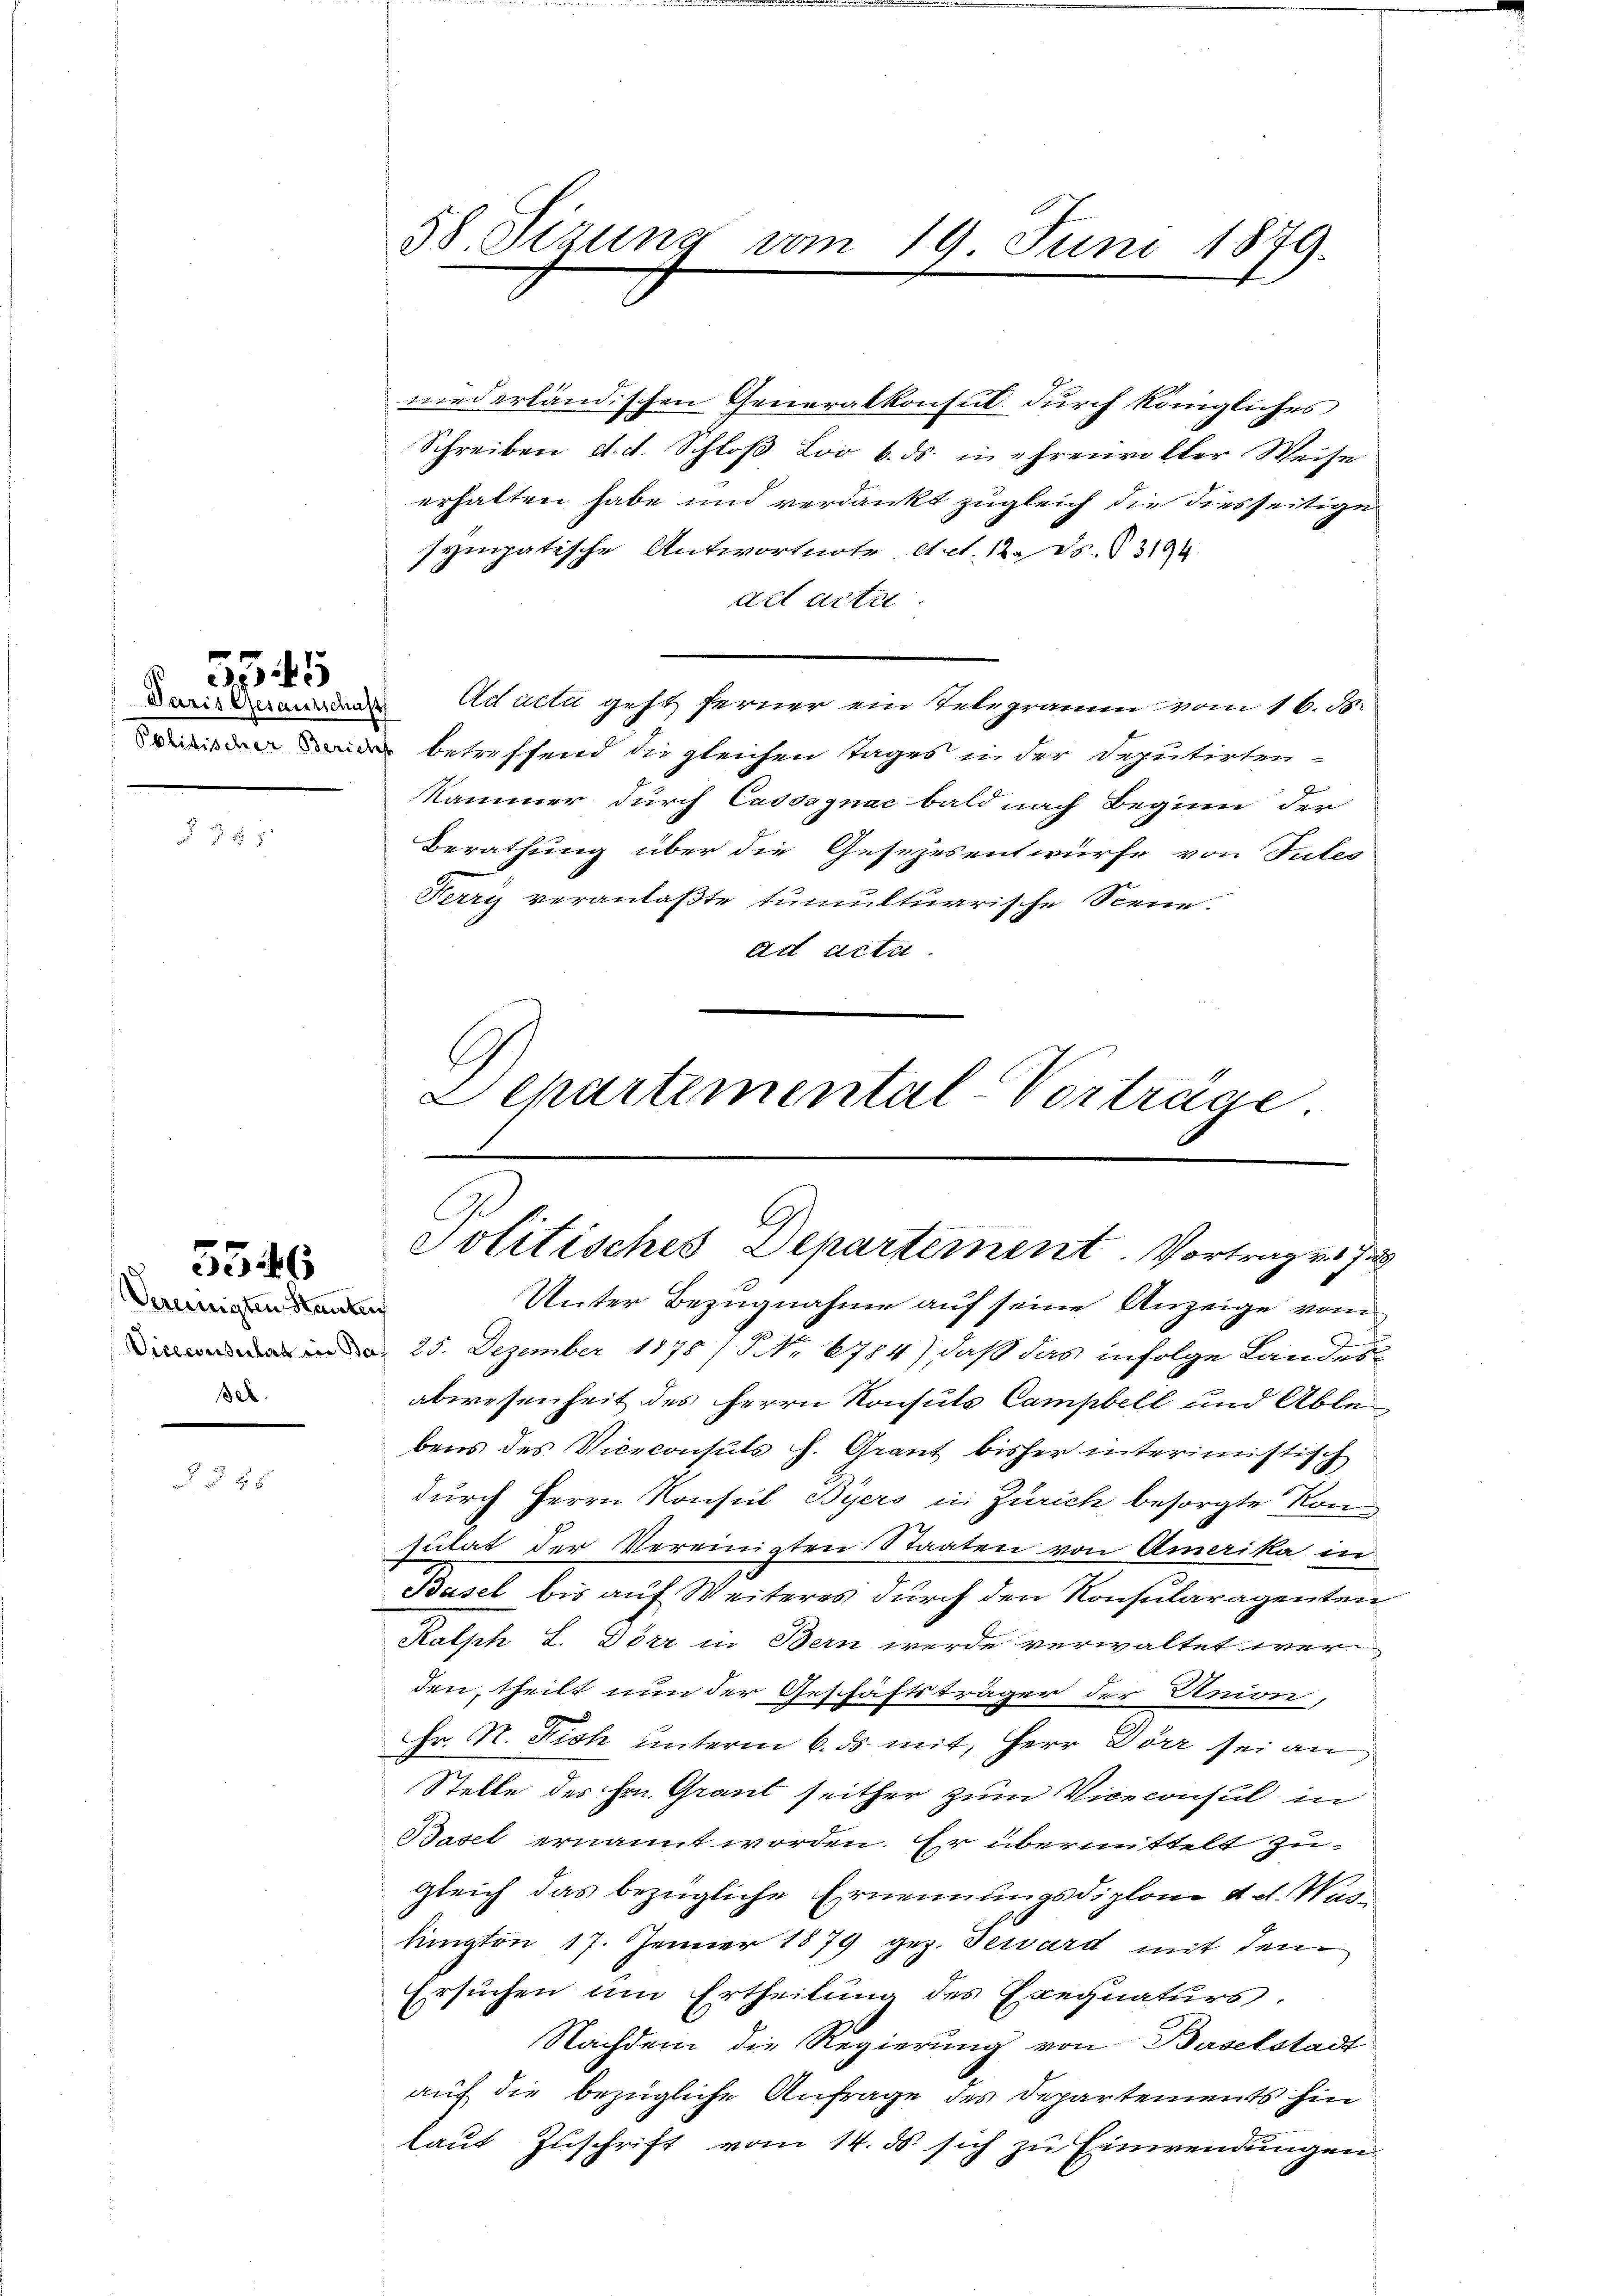
545

8

5546

Vereinigten Stauten
sel.

58. Sizung vom 19. Juni 1879.

niederländischen Generalkonsul durch königliches
Schreiben d. d. Schloß Loo b. ds. in ehrenvoller Weise
erhalten habe und verdankt zugleich die diesseitige
sympatische Antwortnote etc. 12. No. 83196
ad acti
Acactu geht ferner ein Telegramm vom 16. d.
ider betreffend die gleichen Tages in der Deputirten-
Kammer durch Casssgnac bald nach Beginn der
Berathung über die Gesezesentwürfe von Tules
Ferry veranlaßte tumultuarische Scene.
ad acta.
Departemental Vorträge

Politisches Departement. Vortrag von Ju

Unter Bezugnahme auf seine Anzeige vom
 25. Dezember 1875 7 Fr. 6784) daß das infolge Landesabwesenheit des Herrn Konsuls Campbell und Ablebens des Viceconsuls H. Grant bisher interimistisch
durch Herrn Konsul Byers in Zürich, besorgte Konsulat der Vereinigten Staaten von Amerika in
Basel bis auf Weiteres durch den Konsularagenten
Kalsch L. Dörr in Bern werde verwaltet werden, theilt nun der Geschäftsträger der Union,
Hr. R. Fich unterm 6. ds. mit, Herr Dörr sei an
Stelle des Hrn. Graut seither zum Viceconsul in
Basel ernannt worden. Er übermittelt zugleich das bezügliche Ernennungsdiplome d. d. Waslington 17. Jenner 1879 gez. Teward mit dem
Ersuchen am Ertheilung des Exequaturs.
Nachdem die Regierung von Baselstadt
auf die bezügliche Anfrage des Departements hin
laut Zuschrift vom 14. ds. sich zu Einwendungen